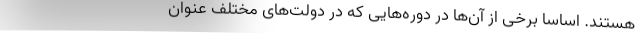
هستند. اساسا برخی از آن‌ها در دوره‌هایی که در دولت‌های مختلف عنوان